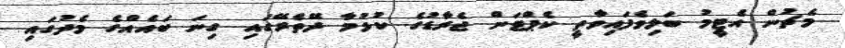
މެޗުން އެޓީމު ބަލިވެފައިވާތީ ކެޕްޓަން ޖެރާޑުގެ ކުޅުމާ ދޭތެރޭގައި ގިނަ ބައެއްގެ މެދުގައި